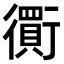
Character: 𧘃